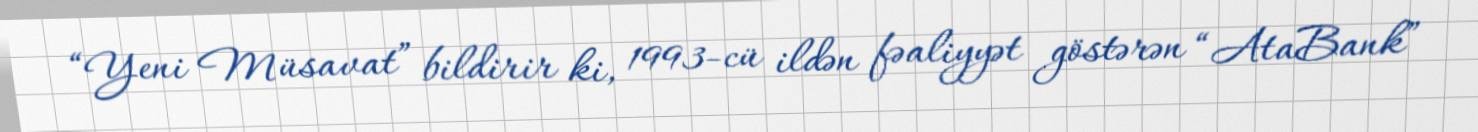
“Yeni Müsavat” bildirir ki, 1993-cü ildən fəaliyyət göstərən “AtaBank”